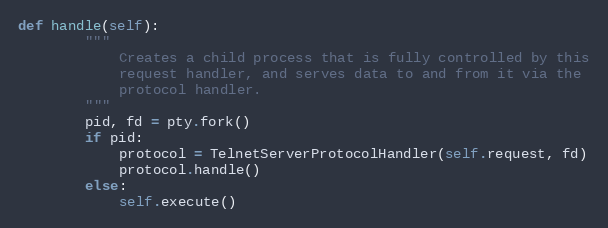
Language: Python
def handle(self):
        """
            Creates a child process that is fully controlled by this
            request handler, and serves data to and from it via the
            protocol handler.
        """
        pid, fd = pty.fork()
        if pid:
            protocol = TelnetServerProtocolHandler(self.request, fd)
            protocol.handle()
        else:
            self.execute()